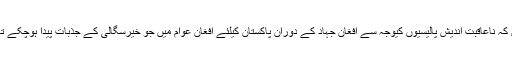
اس میں کوئی شک نہیں کہ ناعاقبت اندیش پالیسیوں کیوجہ سے افغان جہاد کے دوران پاکستان کیلئے افغان عوام میں جو خیرسگالی کے جذبات پیدا ہوچکے تھے وہ ختم ہورہے ہیں ۔